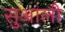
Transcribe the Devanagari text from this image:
सुआली